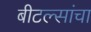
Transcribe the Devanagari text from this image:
बीटल्सांचा